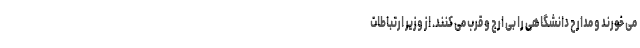
می خورند و مدارح دانشگاهی را بی ارج و قرب می کنند. از وزیر ارتباطات